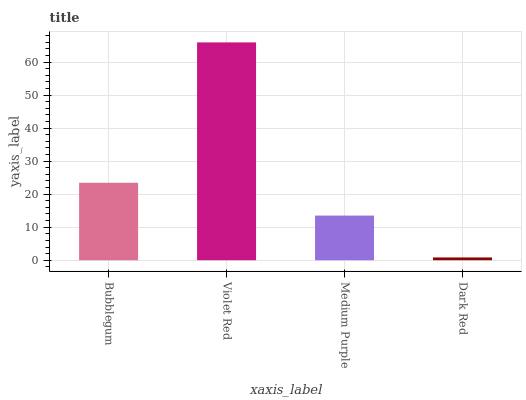
| xaxis_label | bars |
 | --- | --- |
 | Bubblegum | 23.5 |
 | Violet Red | 65.9 |
 | Medium Purple | 13.5 |
 | Dark Red | 0.838 |